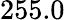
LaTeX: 255.0